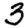
Digit: 3